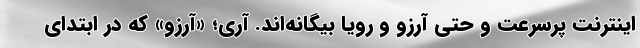
اینترنت پرسرعت و حتی آرزو و رویا بیگانه‌اند. آری؛ «آرزو» که در ابتدای